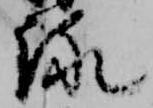
詠